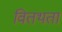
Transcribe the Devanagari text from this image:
वितथता